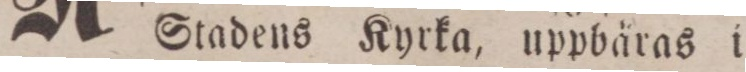
Stadens Kyrka, uppbäras i